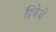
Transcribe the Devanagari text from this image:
द्विवेजी